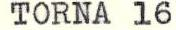
TORNA 16